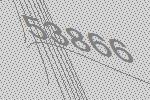
53866